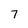
Character: 7